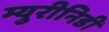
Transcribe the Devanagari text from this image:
म्युरीनिडी